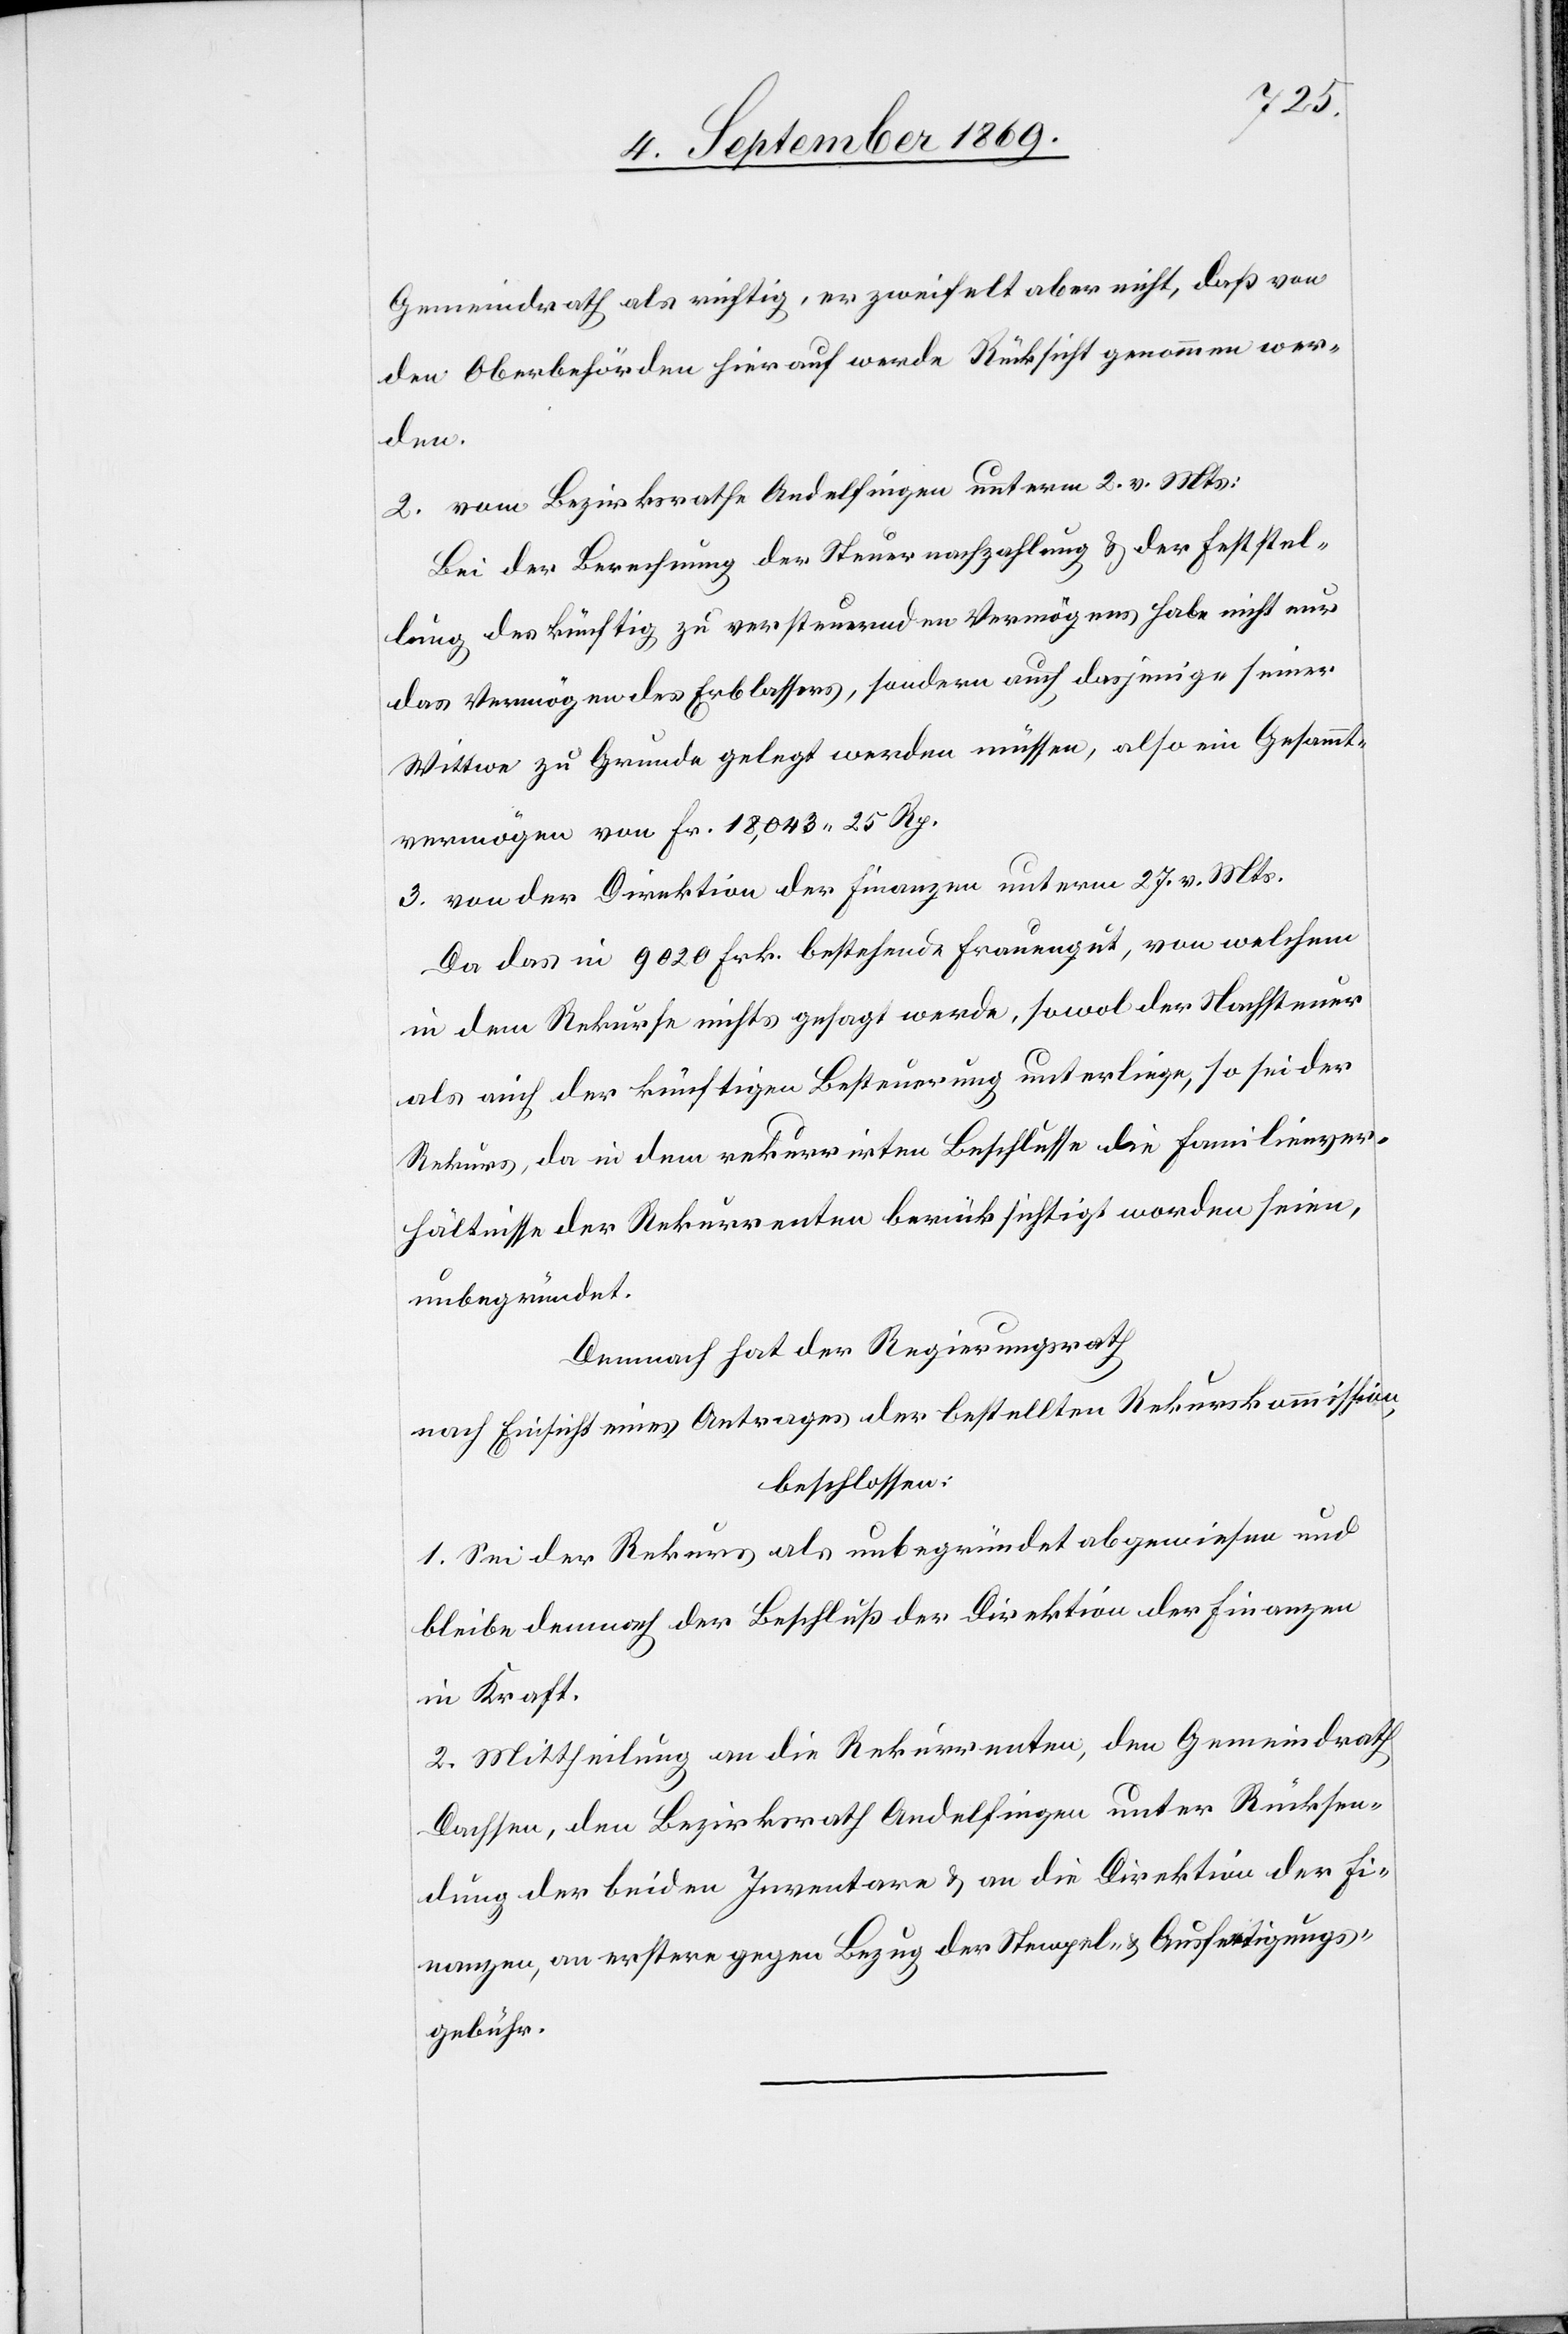
Gemeindrath als richtig, er zweifelt aber nicht, daß von
den Oberbehörden hierauf werde Rücksicht genommen wer¬
den.
2. vom Bezirksrathe Andelfingen unterm 2. v. Mts:
Bei der Berechnung der Steuernachzahlung & der Feststel¬
lung des künftig zu versteuernden Vermögens habe nicht nur
das Vermögen des Erblassers, sondern auch dasjenige seiner
Wittwe zu Grunde gelegt werden müssen, also ein Gesammt¬
vermögen von Fr. 18,043 25 Rp.
3. von der Direktion der Finanzen unterm 27. v. Mts.
Da das in 9020 Frk. bestehende Frauengut, von welchem
in dem Rekurse nichts gesagt werde, sowol der Nachsteuer
als auch der künftigen Besteuerung unterliege, so sei der
Rekurs, da in dem rekurrirten Beschlusse die Familienver¬
hältnisse der Rekurrenten berücksichtigt worden seien,
unbegründet.
Demnach hat der Regierungsrath
nach Einsicht eines Antrages der bestellten Rekurskommission,
beschlossen:
1. Sei der Rekurs als unbegründet abgewiesen und
bleibe demnach der Beschluß der Direktion der Finanzen
in Kraft.
2. Mittheilung an die Rekurrenten, den Gemeindrath
Dachsen, den Bezirksrath Andelfingen unter Rücksen¬
dung der beiden Inventare & an die Direktion der Fi¬
nanzen, an erstere gegen Bezug der Stempel- & Ausfertigungs¬
gebühr.